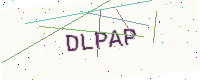
Text: DLPAP